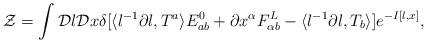
LaTeX: \begin{align*}{\cal Z}=\int{\cal D}l{\cal D}x\delta[\langle l^{-1}\partial l,T^{a}\rangle E^{0}_{ab}+\partial x^{\alpha}F^{L}_{\alpha b}-\langle l^{-1}\partial l,T_{b}\rangle]e^{-I[l,x]},\end{align*}